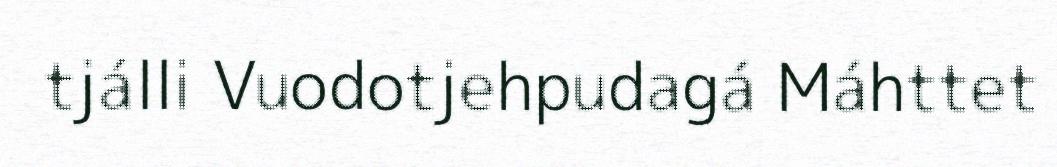
tjálli Vuodotjehpudagá Máhttet